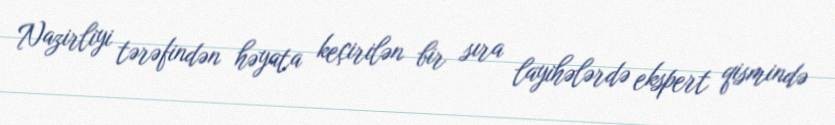
Nazirliyi tərəfindən həyata keçirilən bir sıra layihələrdə ekspert qismində